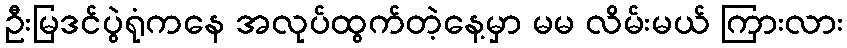
ဦးမြဒင်ပွဲရုံကနေ အလုပ်ထွက်တဲ့နေ့မှာ မမ လိမ်းမယ် ကြားလား